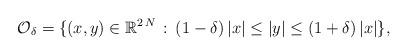
LaTeX: \begin{align*}\mathcal{O}_\delta=\{(x,y)\in\mathbb{R}^{2\,N}\, :\, (1-\delta)\,|x|\le |y|\le (1+\delta)\,|x|\},\end{align*}